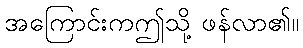
အကြောင်းကဤသို့ ဖန်လာ၏။